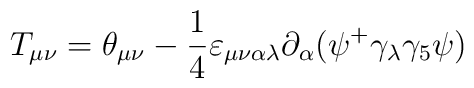
T_{\mu \nu }=\theta _{\mu \nu }-\frac 14\varepsilon _{\mu \nu \alpha \lambda}\partial _\alpha (\psi ^{+}\gamma _\lambda \gamma _5\psi )